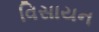
વિસાયન